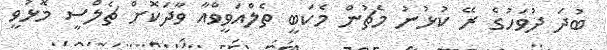
ބުދަ ދުވަހުގެ ރޭ ކުޅުނު މެޗުން މެކަބީ ތެލްއަވީވްއާ ވާދަކޮށް ޗެލްސީ މޮޅުވީ